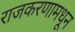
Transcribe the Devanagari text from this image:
राजकरणामधून